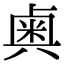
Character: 𫯱